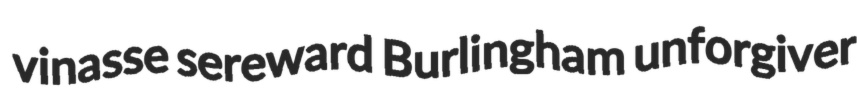
vinasse sereward Burlingham unforgiver